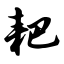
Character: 耙